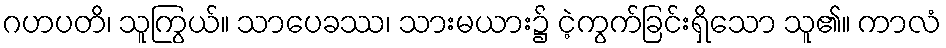
ဂဟပတိ၊ သူကြွယ်။ သာပေခဿ၊ သားမယား၌ ငဲ့ကွက်ခြင်းရှိသော သူ၏။ ကာလံ